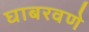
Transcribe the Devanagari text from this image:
घाबरवणे